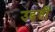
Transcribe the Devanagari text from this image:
उड़तीं